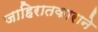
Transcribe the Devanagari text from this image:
जाहिरातकाराने